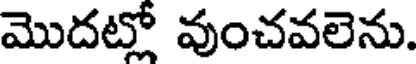
మొదట్లో వుంచవలెను.